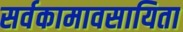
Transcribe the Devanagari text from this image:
सर्वकामावसायिता